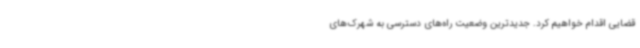
قضایی اقدام خواهیم کرد. جدیدترین وضعیت راه‌های دسترسی به شهرک‌های